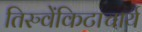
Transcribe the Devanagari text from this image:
तिरुवेंकिटाचार्य